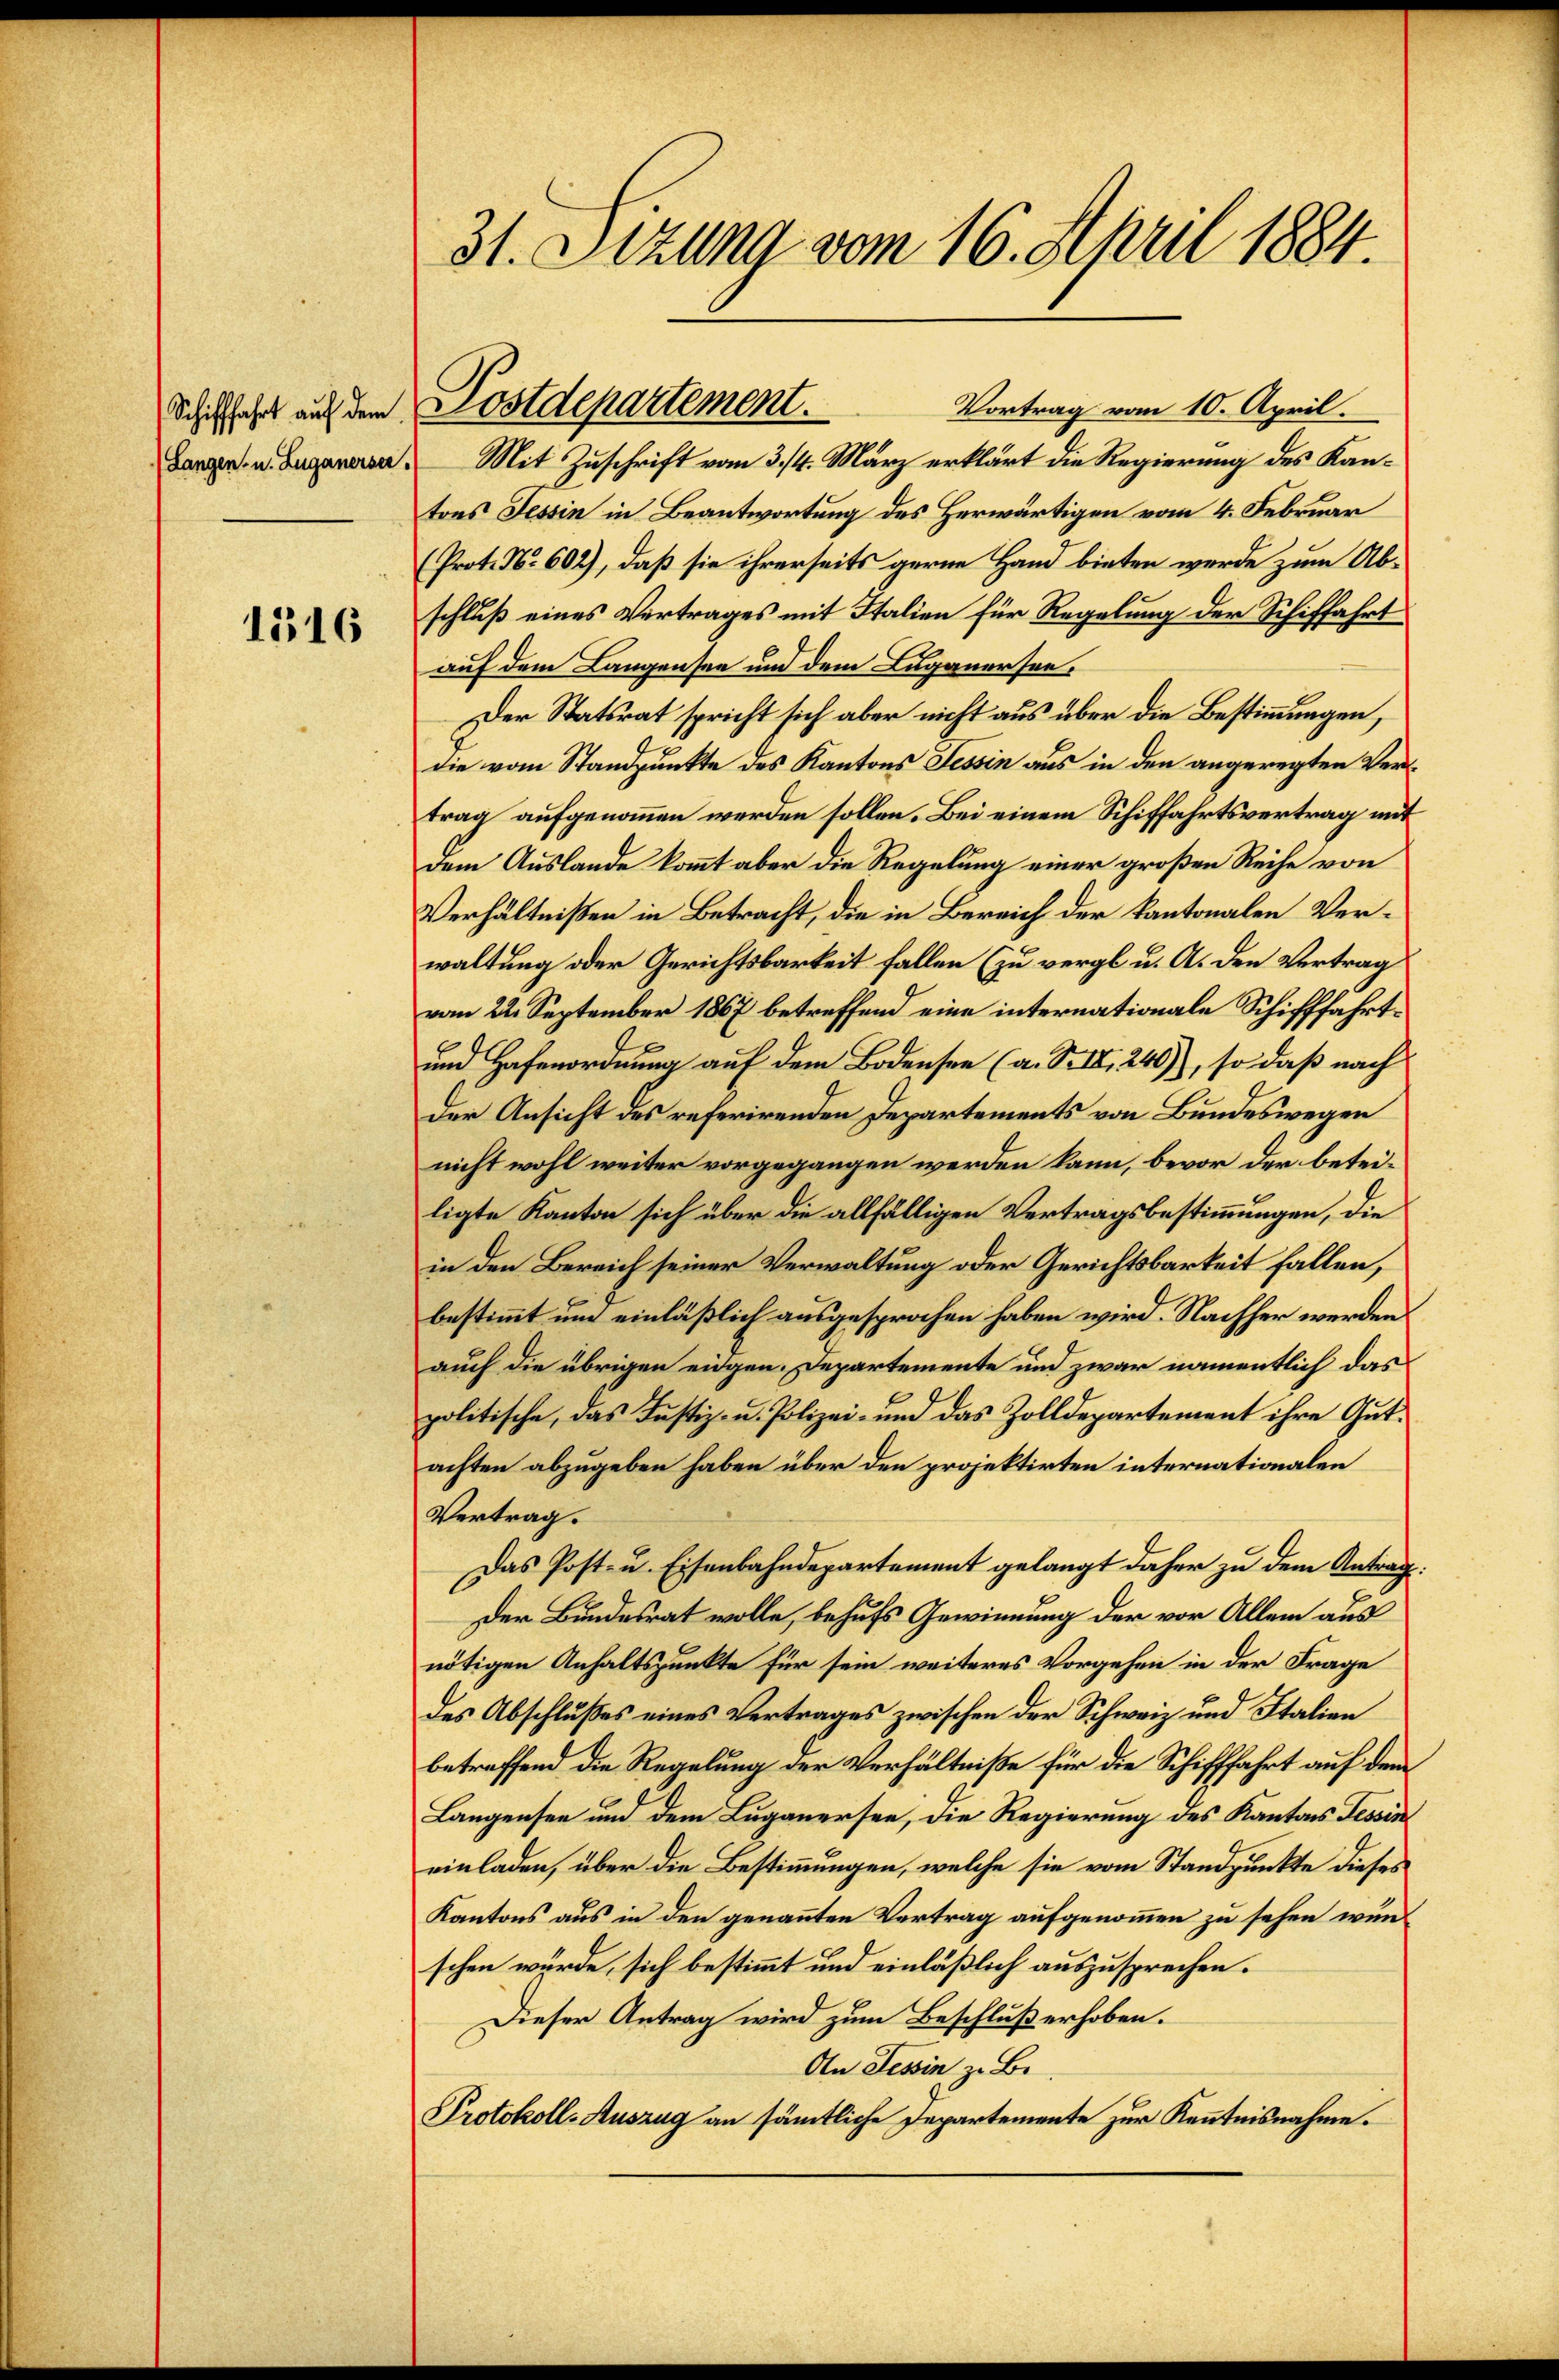
Schifffahrt auf dem
(Langen, u. Zuganerser,

1516

31. Sitzung vom 16. April 1884.

Vortrag vom 10. April.
Mit Zuschrift vom 3./4. März erklärt die Regierung des Kantons Tessin in Beantwortung des Herwärtigen vom 4. Februar
(Prot. No 602), daß sie ihrerseits gerne Hand bieten werde zum Abschluß eines Vertrages mit Italien für Regelung der Schiffahrt
auf dem Langensee und dem Luganersen¬
Der Statsrat spricht sich aber nicht aus über die Bestimmungen,
die vom Standpunkte des Kantons Tessin aus in den angeregten Vertrag aufgenommen werden sollen. Bei einem Schiffahrtsvertrag mit
Dem Auslande kommt aber die Regelung einer großen Reihe von
Verhältnißen in Betracht, die in Bereich der Kantonalen Verwaltung oder Gerichtsbarkeit fallen (zu vergl. u. A. den Vertrag
vom 22. September 1867 betreffend eine internationale Schifffahrt¬
und Hafenordnung auf dem Bodensee (a. S. IX, 240), so daß nach
der Ansicht des referirenden Departements von Bundeswegen
nicht wohl weiter vorgegangen werden kann, bevor der beteiligte Kanton sich über die allfälligen Vertragsbestimmungen, die
in den Bereich seiner Verwaltung oder Gerichtsbarkeit fallen,
bestimmt um einläßlich ausgesprochen haben wird. Nachher werden
auch die übrigen eidgen. Departemente und zwar namentlich das
politische, das Justiz- u. Polizei- und das Zolldepartement ihre Gutachten abzugeben haben über den projektirten internationalen
Vertrag.
Das Post- u. Eisenbahndepartement gelangt daher zu dem Antrag:
Der Bundesrat wolle, behufs Gewinnung der vor Allem aus
nötigen Anhaltspunkte für sein weiteres Vorgehen in der Frage
des Abschlußes eines Vertrages zwischen der Schweiz und Italien
betreffend die Regelung der Verhältniße für die Schifffahrt auf dem
Langensee und dem Luganersee, die Regierung des Kantons Tessin
einladen, über die Bestimmungen, welche sie vom Standpunkte dieses
Kantons aus in den genannten Vertrag aufgenommen zu sehen wünschen würde, sich bestimmt und einläßlich auszusprechen.
Dieser Antrag wird zum Beschluß erhoben.
An Tessin zu Be¬
Protokoll-Auszug an sämtliche Departemente zur Kenntnisnahme.

Postdepartement.